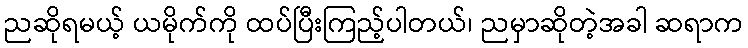
ညဆိုရမယ့် ယမိုက်ကို ထပ်ပြီးကြည့်ပါတယ်၊ ညမှာဆိုတဲ့အခါ ဆရာက